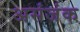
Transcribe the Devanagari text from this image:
असंजंक